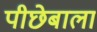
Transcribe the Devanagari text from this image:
पीछेबाला